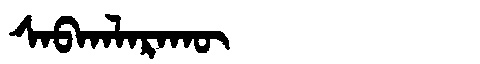
Manchu: ᠰᠠᠪᡴᠠᠯᠠᡵᠠᡴᡡ
Romanization: SABKALARAKŪ